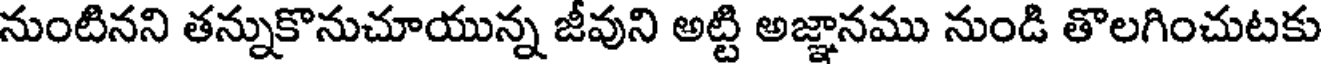
నుంటినని తన్నుకొనుచూయున్న జీవుని అట్టి అజ్ఞానము నుండి తొలగించుటకు